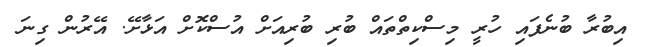
އިބުރާ ބުނެފައި ހުރީ މިސްކިތްތައް ބުރި ބުރިއަށް އުސްކޮށް އަޅާށޭ. އޭރުން ގިނަ